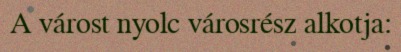
A várost nyolc városrész alkotja: